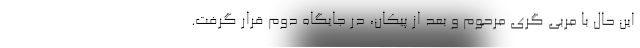
این حال با مربی گری مرحوم و بعد از پیکان، در جایگاه دوم قرار گرفت.